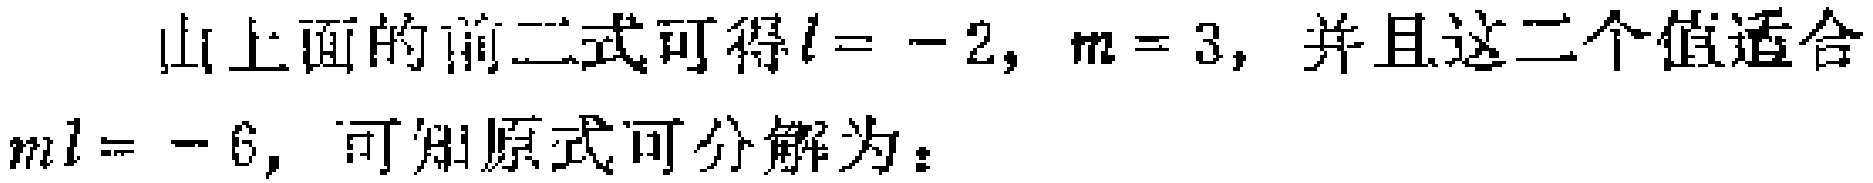
由上面的前二式可得\(l = -2\)，\(m = 3\)，并且这二个值适合\(ml = -6\)，可知原式可分解为：